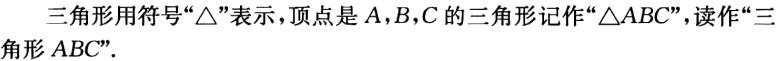
三角形用符号“$\triangle$”表示，顶点是$A,B,C$的三角形记作“$\triangle ABC$”，读作“三角形 \(ABC\)”。